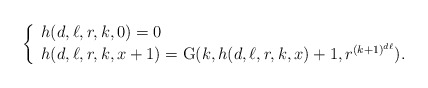
\begin{align*}\left\{ \begin{array} {l} h(d,\ell,r,k,0)=0\\ h(d,\ell,r,k,x+1)=\mathrm{G}(k,h(d,\ell,r,k,x)+1,r^{(k+1)^{d\ell}}).\end{array} \right.\end{align*}